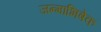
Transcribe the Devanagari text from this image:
जन्माभिषेक